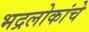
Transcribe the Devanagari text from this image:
भद्रलोकांचे